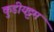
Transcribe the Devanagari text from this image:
कुडीयट्टम